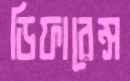
ডিফারেন্স